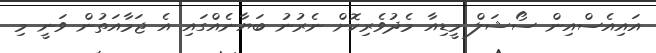
އައިއެސްއިން ސޯޝަލް މީޑިއާ މެދުވެރިކޮށް ނެރުނު ބަޔާނެއްގައި އެ ޖަމާއަތުން ވަނީ މި